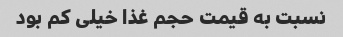
نسبت به قیمت حجم غذا خیلی کم بود